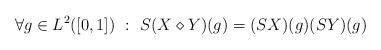
LaTeX: \begin{align*}\forall g \in L^2([0,1]) \ : \ S(X \diamond Y)(g) = (S X)(g) (S Y)(g)\end{align*}